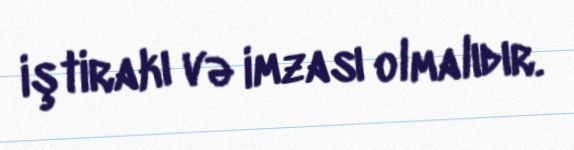
iştirakı və imzası olmalıdır.